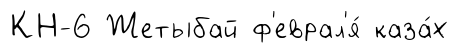
КН-6 Жетыбай ф'еврал'я́ каза́х